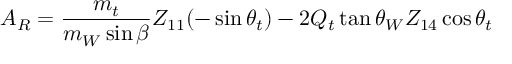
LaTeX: A _ { R } = { \frac { m _ { t } } { m _ { W } \sin \beta } } Z _ { 1 1 } ( - \sin \theta _ { t } ) - 2 Q _ { t } \tan \theta _ { W } Z _ { 1 4 } \cos \theta _ { t }